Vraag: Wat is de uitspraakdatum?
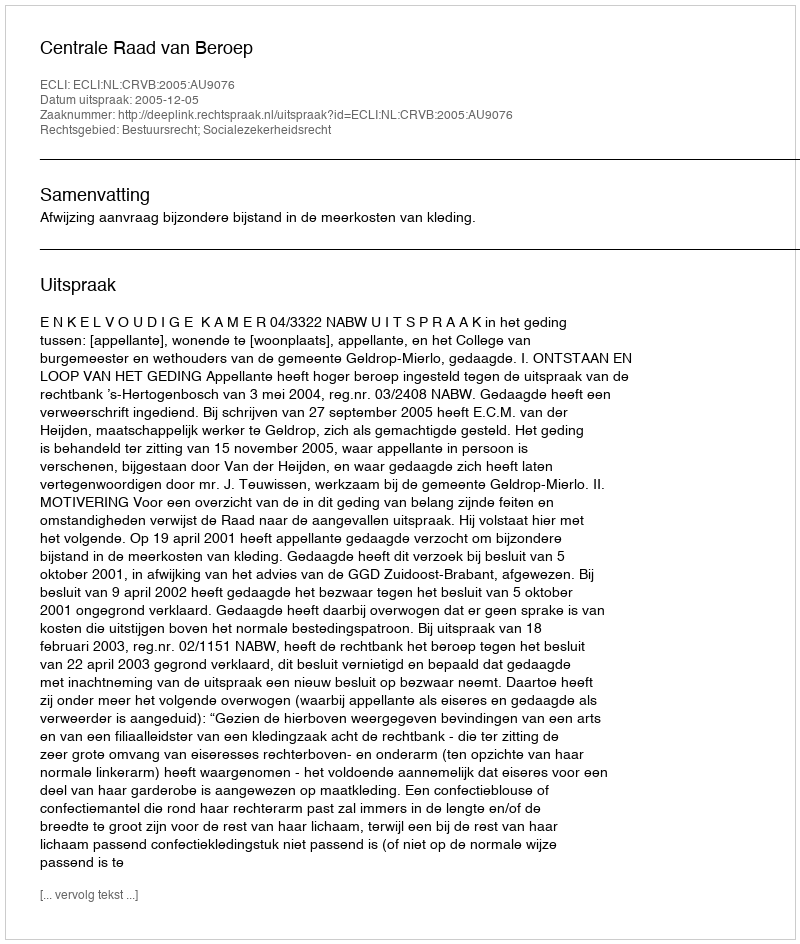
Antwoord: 2005-12-05